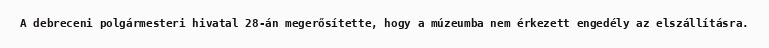
A debreceni polgármesteri hivatal 28-án megerősítette, hogy a múzeumba nem érkezett engedély az elszállításra.